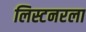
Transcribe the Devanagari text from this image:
लिस्टनरला